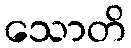
သောတိ